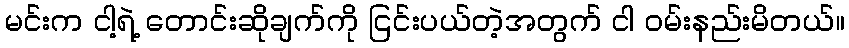
မင်းက ငါ့ရဲ့ တောင်းဆိုချက်ကို ငြင်းပယ်တဲ့အတွက် ငါ ဝမ်းနည်းမိတယ်။